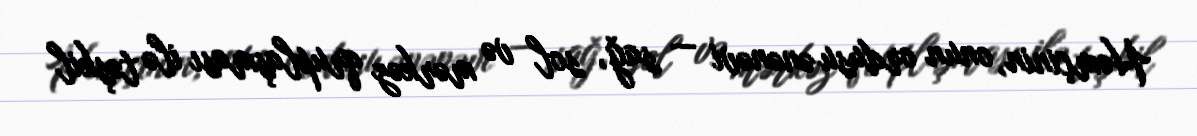
Həmçinin, onun ordusu ənənəvi — sağ, sol və mərkəz qruplaşması ilə təşkil